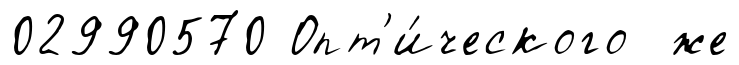
02990570 Опт'и́ческого же